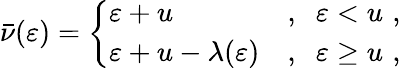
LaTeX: \bar{\nu}(\varepsilon)=\left\lbrace\begin{array}{ll}{\varepsilon+u}&{,\; \; \varepsilon<u\, \, ,}\\ {\varepsilon+u-\lambda(\varepsilon)}&{,\; \; \varepsilon\geq u\, \, ,}\end{array}\right.